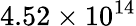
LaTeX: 4.52\times 10^{14}